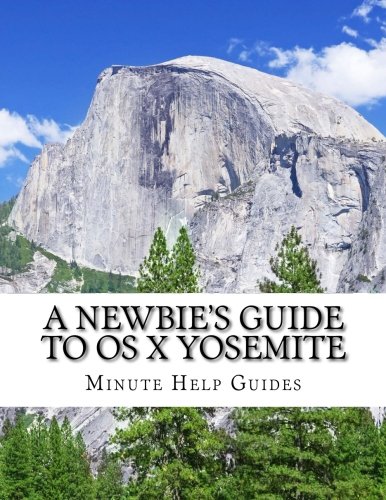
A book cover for A Newbie's Guide to OS X Yosemite: Switching Seamlessly from Windows to Mac; Minute Help Guides; Computers & Technology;